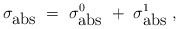
\begin{align*}\sigma_{\mbox{abs}}~=~\sigma_{\mbox{abs}}^{0}~+~\sigma_{\mbox{abs}}^{1}~,\end{align*}